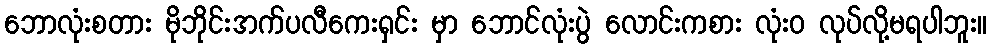
ဘောလုံးစတား မိုဘိုင်းအက်ပလီကေးရှင်း မှာ ဘောင်လုံးပွဲ လောင်းကစား လုံးဝ လုပ်လို့မရပါဘူး။